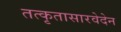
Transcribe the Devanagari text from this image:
तत्कृतासारवेदेन